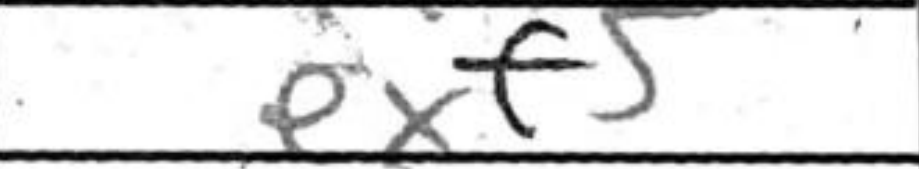
Transcription: exf5